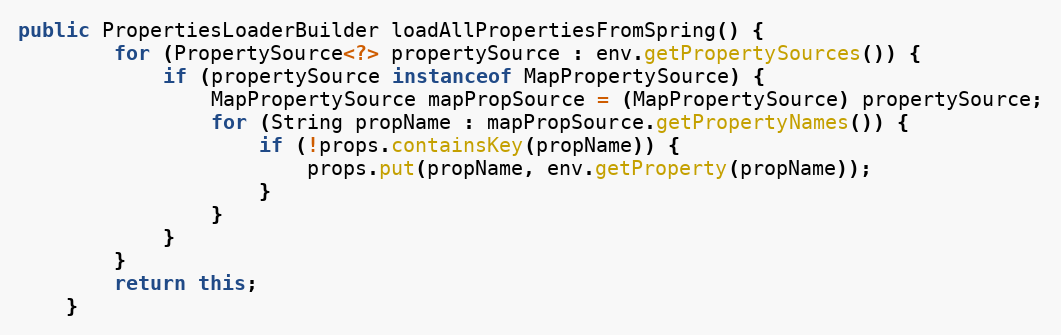
Language: Java
public PropertiesLoaderBuilder loadAllPropertiesFromSpring() {
        for (PropertySource<?> propertySource : env.getPropertySources()) {
            if (propertySource instanceof MapPropertySource) {
                MapPropertySource mapPropSource = (MapPropertySource) propertySource;
                for (String propName : mapPropSource.getPropertyNames()) {
                    if (!props.containsKey(propName)) {
                        props.put(propName, env.getProperty(propName));
                    }
                }
            }
        }
        return this;
    }